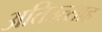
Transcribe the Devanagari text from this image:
अतिउत्साह